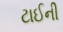
ટાઈની